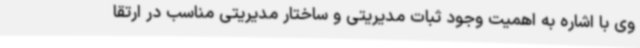
وی با اشاره به اهمیت وجود ثبات مدیریتی و ساختار مدیریتی مناسب در ارتقا